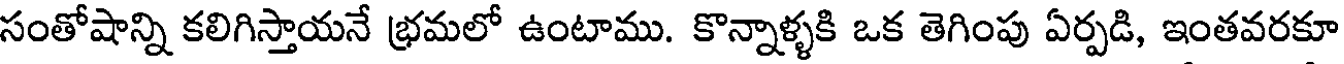
సంతోషాన్ని కలిగిస్తాయనే భ్రమలో ఉంటాము. కొన్నాళ్ళకి ఒక తెగింపు ఏర్పడి, ఇంతవరకూ